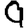
Digit: 9